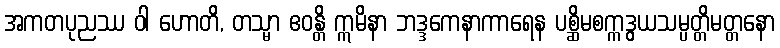
အကတပုညဿ ဝါ ဟောတိ, တသ္မာ ဧဝန္တိ ဣမိနာ ဘဒ္ဒကေနာကာရေန ပစ္ဆိမစက္ကဒွယသမ္ပတ္တိမတ္တနော